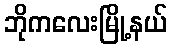
ဘိုကလေးမြို့နယ်